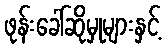
ဖုန်းခေါ်ဆိုမှုများနှင့်